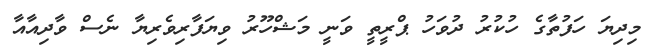
މިދިޔަ ހަފުތާގެ ހުކުރު ދުވަހު ޕްރީތީ ވަނީ މަޝްހޫރު ވިޔަފާރިވެރިޔާ ނެސް ވާދިއާއާ